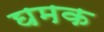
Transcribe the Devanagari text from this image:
घमक